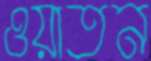
ওয়াতন